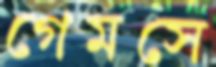
গেমসে